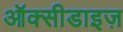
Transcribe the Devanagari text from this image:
ऑक्सीडाइज़